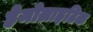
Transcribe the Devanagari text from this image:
हेमोलाइटिक